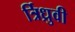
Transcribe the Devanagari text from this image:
र्त्रिध्रुवी